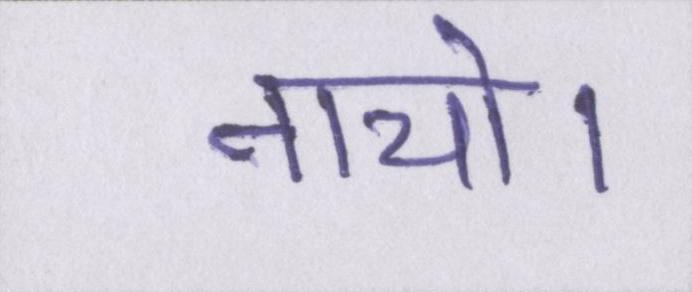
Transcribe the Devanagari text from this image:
नाचो।